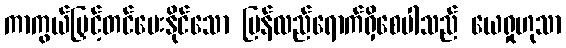
ကာကွယ်မြှင့်တင်ပေးနိုင်သော ပြန်လည်ရောက်ရှိစေပါသည် ယေရှုဟုသာ